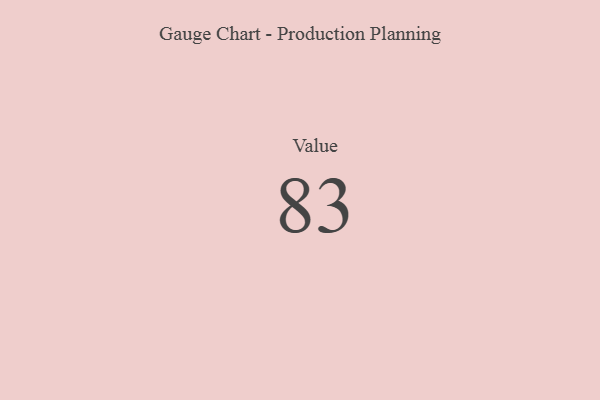
{"axis": {"x": "Metric", "y": "Value"}, "legend": [""], "data": [{"x": "Value", "y": 83, "type": ""}]}